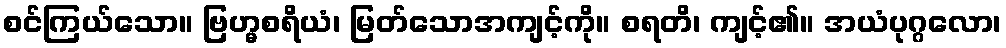
စင်ကြယ်သော။ ဗြဟ္မစရိယံ၊ မြတ်သောအကျင့်ကို။ စရတိ၊ ကျင့်၏။ အယံပုဂ္ဂလော၊